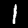
Digit: 1